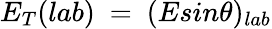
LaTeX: E_{T}({lab})\ =\ (Esin\theta)_{lab}